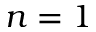
n = 1